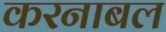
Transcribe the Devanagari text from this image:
करनाबल